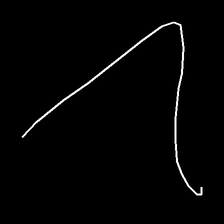
Glyph: region